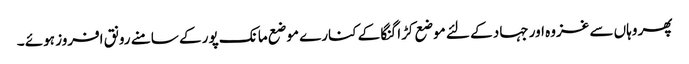
پھر وہاں سے غزوہ اور جہاد کے لئے موضع کڑا گنگا کے کنارے موضع مانک پور کے سامنے رونق افروز ہوئے ۔